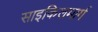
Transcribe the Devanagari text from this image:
साइकिलमार्ग